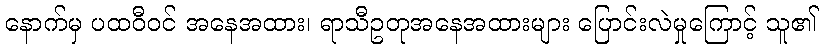
နောက်မှ ပထဝီဝင် အနေအထား၊ ရာသီဥတုအနေအထားများ ပြောင်းလဲမှုကြောင့် သူ၏